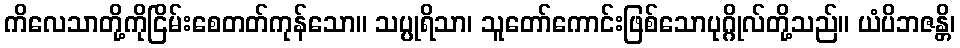
ကိလေသာတို့ကိုငြိမ်းစေတတ်ကုန်သော။ သပ္ပုရိသာ၊ သူတော်ကောင်းဖြစ်သောပုဂ္ဂိုလ်တို့သည်။ ယံပိဘဇန္တိ၊